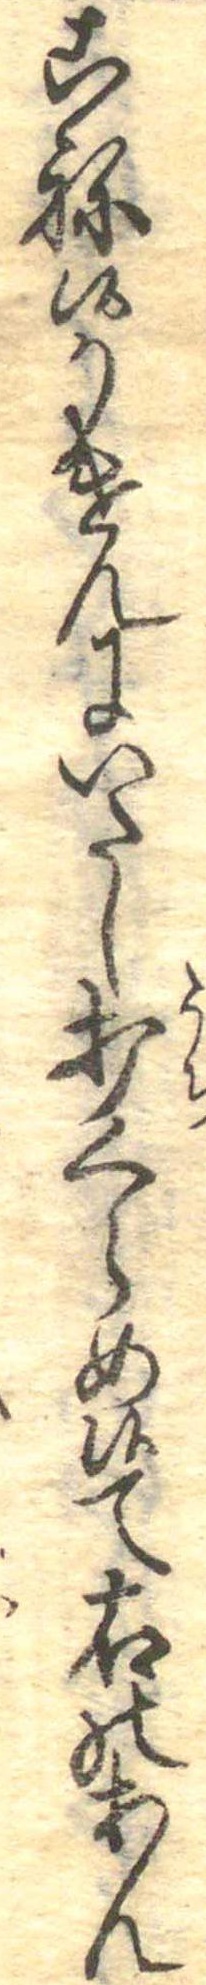
こね候かけんにいたし打くらめ候て右のあん